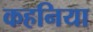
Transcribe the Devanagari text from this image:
कहनिया